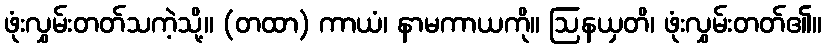
ဖုံးလွှမ်းတတ်သကဲ့သို့။ (တထာ) ကာယံ၊ နာမကာယကို။ ဩနယှတိ၊ ဖုံးလွှမ်းတတ်၏။